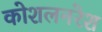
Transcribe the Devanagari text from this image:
कोशलनरेश